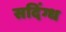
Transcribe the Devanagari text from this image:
सदिंग्ध